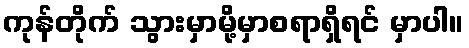
ကုန်တိုက် သွားမှာမို့မှာစရာရှိရင် မှာပါ။